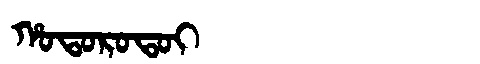
Manchu: ᡥᠣᡨᠣᡵᠣᡨᠣᡳ
Romanization: HOTOROTOI